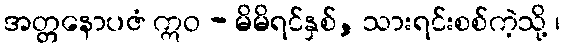
အတ္တနောပဇံ ဣဝ - မိမိရင်နှစ်, သားရင်းစစ်ကဲ့သို့ ၊